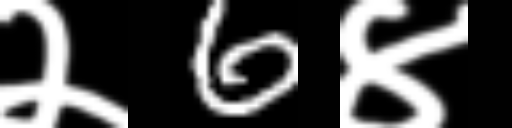
Text: २6४